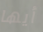
أيها